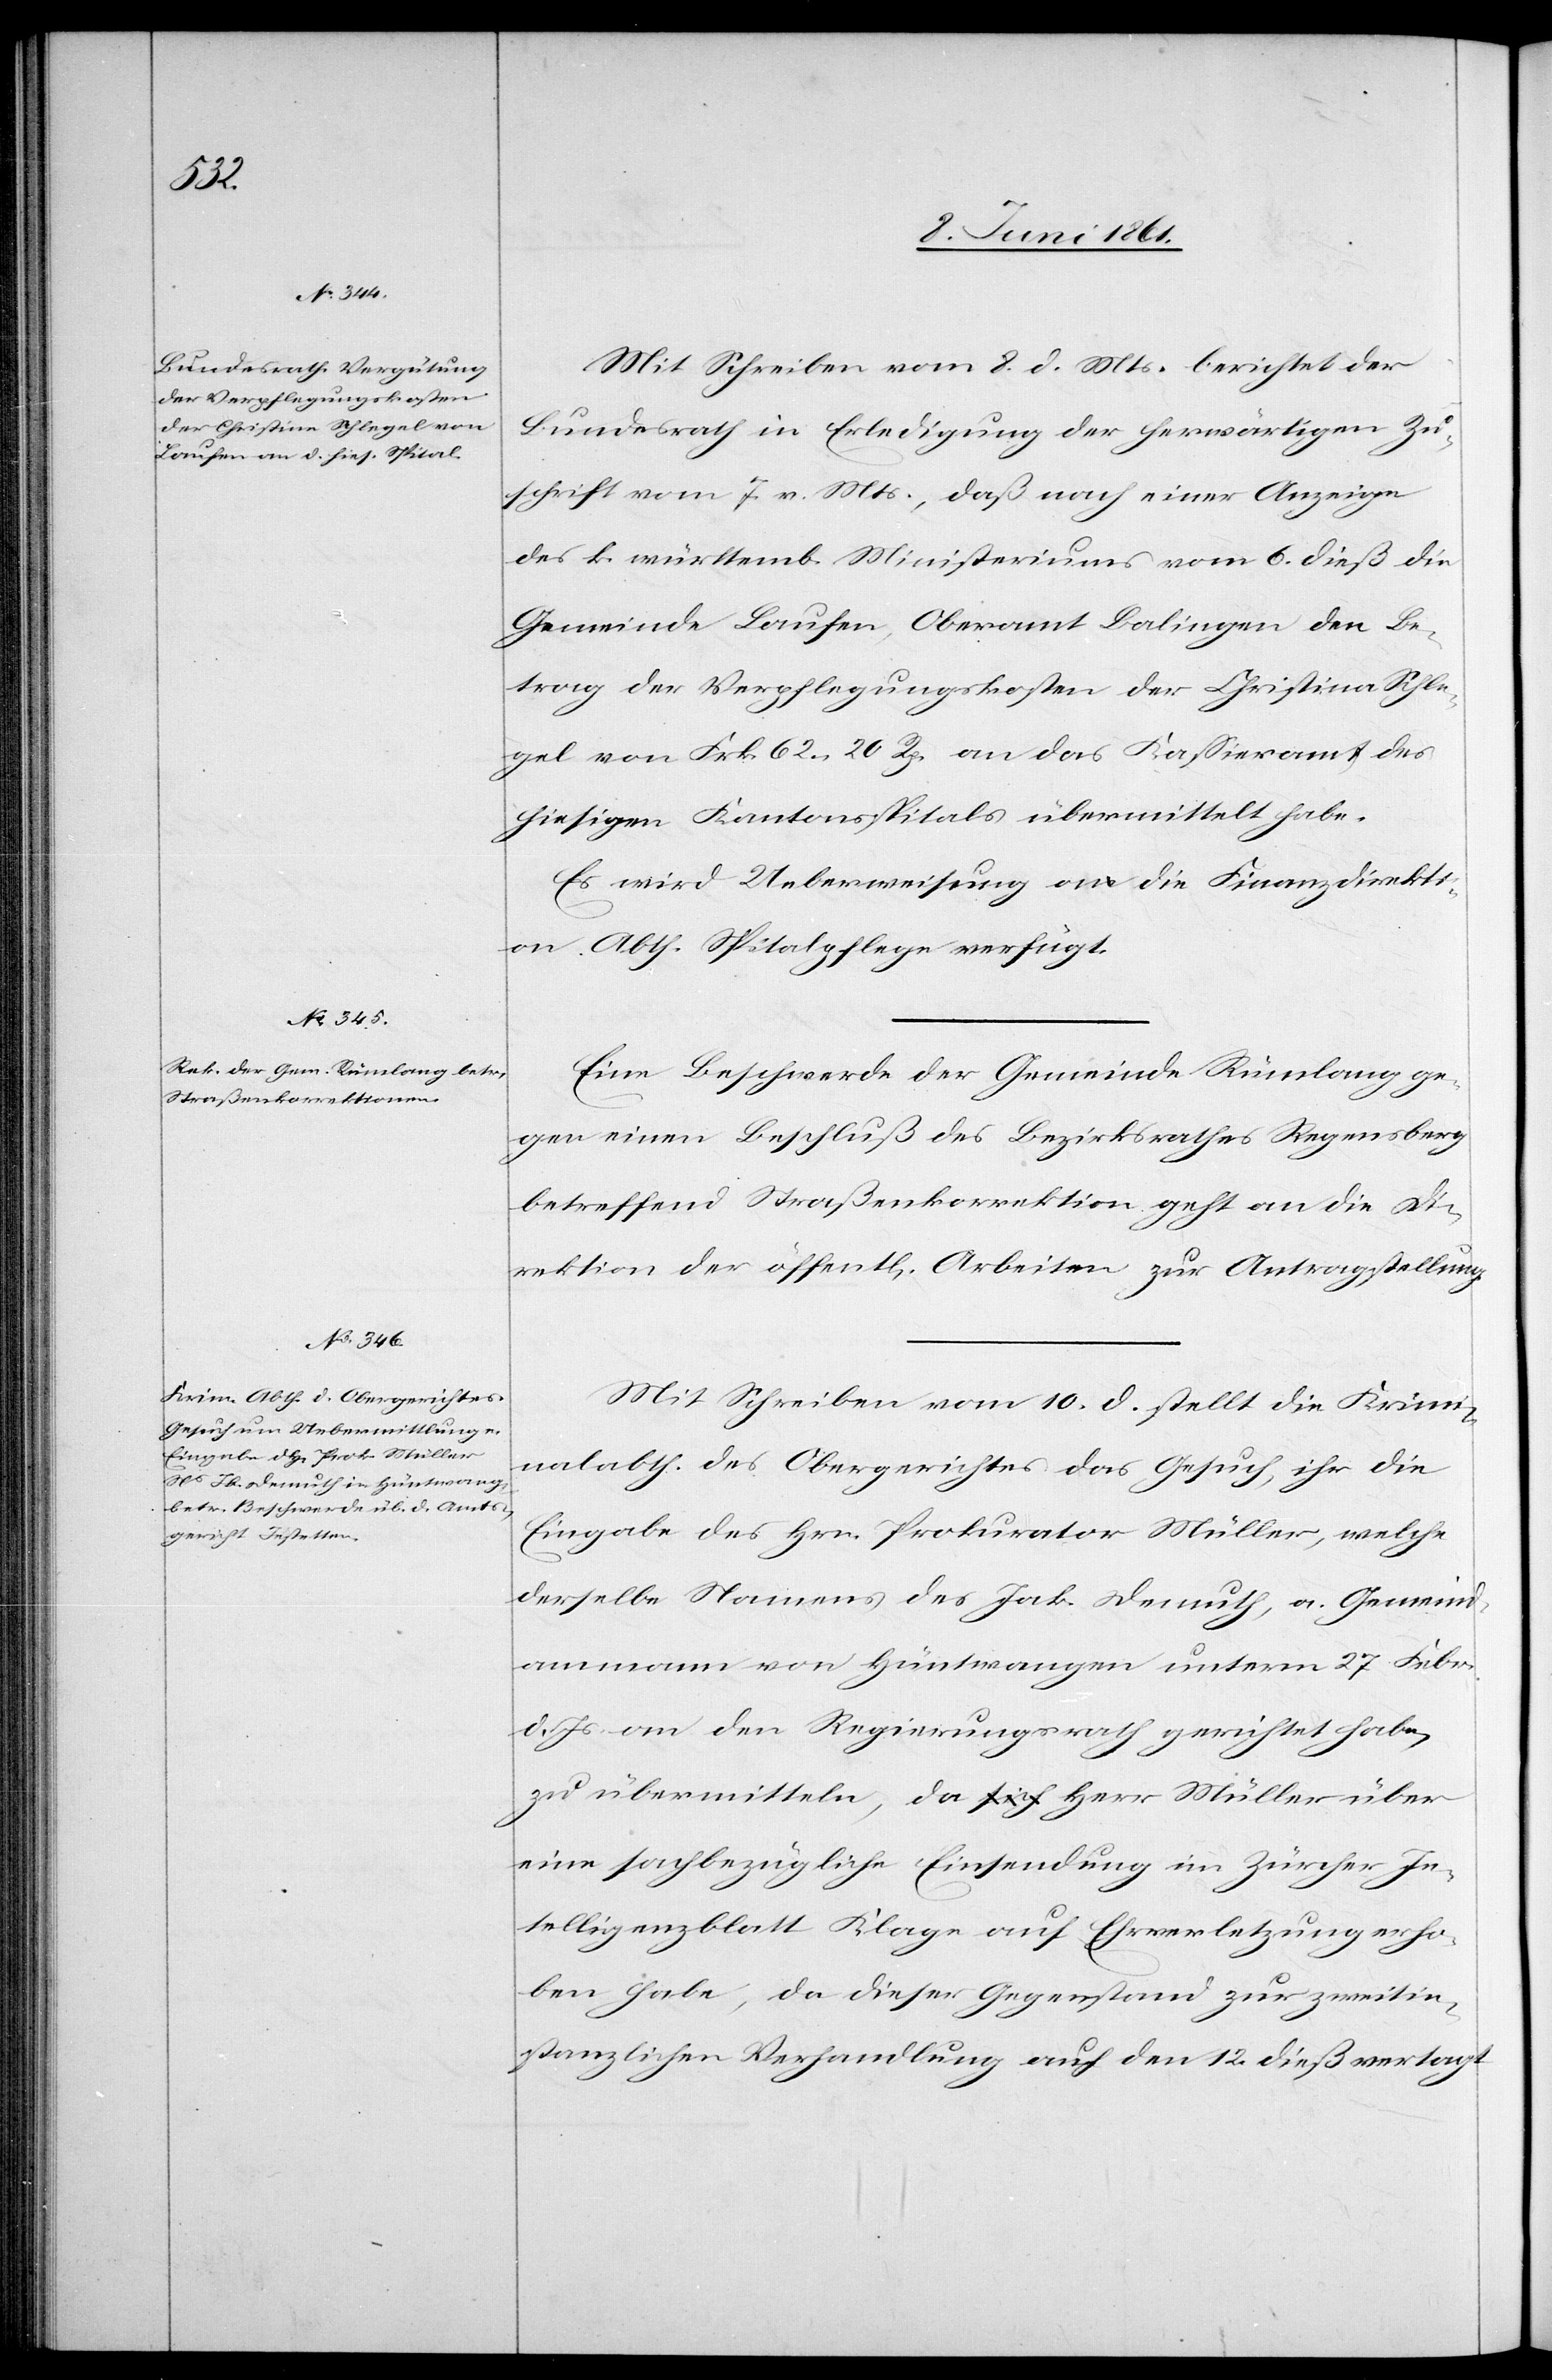
Schle¬

10. Juni 1861.]
Mit Schreiben vom 8. d. Mts. berichtet der
Bundesrath in Erledigung der herwärtigen Zu¬
schrift vom 7. v. Mts., daß nach einer Anzeige
des k. württemb. Ministeriums vom 6. dieß die
Gemeinde Laufen, Oberamt Balingen den Be¬
trag der Verpflegungskosten der Christina
gel von Frk. 62 20 Rp. an das Kassieramt des
hiesigen Kantonsspitals übermittelt habe.
Es wird Ueberweisung an die Finanzdirekti¬
on Abth. Spitalpflege verfügt.
Eine Beschwerde der Gemeinde Rümlang ge¬
gen einen Beschluß des Bezirksrathes Regensberg
betreffend Straßenkorrektion geht an die D¬
irektion der öffent[lichen] Arbeiten zur Antragstellung.
Mit Schreiben vom 10. d. stellt die Krimi¬
nalabth. des Obergerichtes das Gesuch, ihr die
Eingabe des Hrn. Prokurator Müller, welche
derselbe Namens des Jak. Demuth, a. Gemeind¬
ammann von Hüntwangen unterm 27. Febr.
d. Js. an den Regierungsrath gerichtet habe,
zu übermitteln, da Herr Müller über
eine sachbezügliche Einsendung im Zürcher In¬
telligenzblatt Klage auf Ehrverletzung erho¬
ben habe, da dieser Gegenstand zur zweitin¬
stanzlichen Verhandlung auf den 12. dieß vertagt